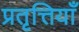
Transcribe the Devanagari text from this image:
प्रतृत्तियाँ